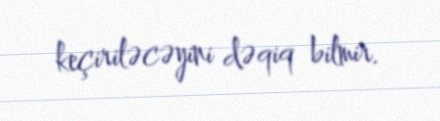
keçiriləcəyini dəqiq bilmir.